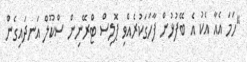
"ހަމަ އެއާ އެކު އެ ބޭފުޅުން ފާހަގަކުރެއްވި ޕޮލިސް ޓްރޭނިން ސްކޫލް އަނދައިގެން